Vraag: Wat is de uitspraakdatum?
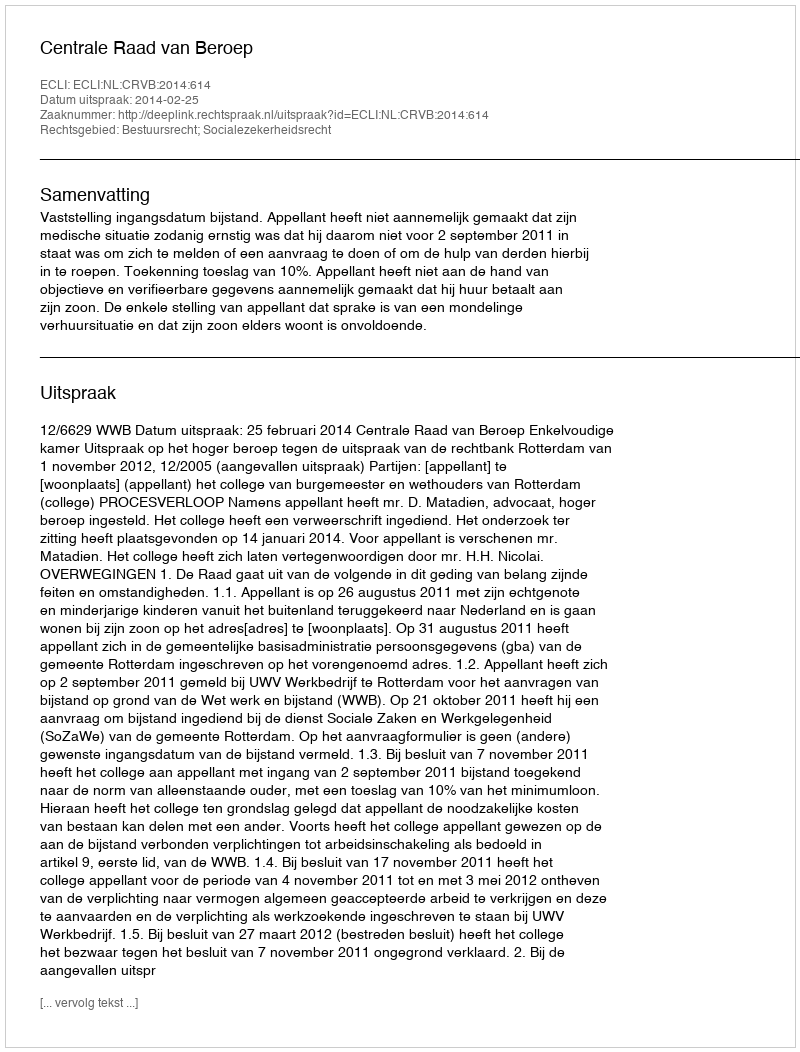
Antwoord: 2014-02-25